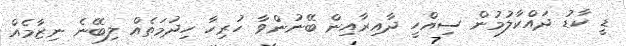
ޑީ ކާޑު ދައްކާލުމުން ސިއްހީ ދާއިރާއިން ބޭނުންވާ ހުރިހާ ހިދުމަތެއް ލިބޭނެ ނިޒާމެއް